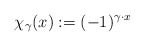
\begin{align*}\chi_{\gamma}(x) := (-1)^{\gamma\cdot x}\end{align*}